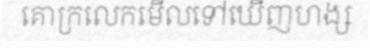
គោក្រលេកមើលទៅឃើញហង្ស